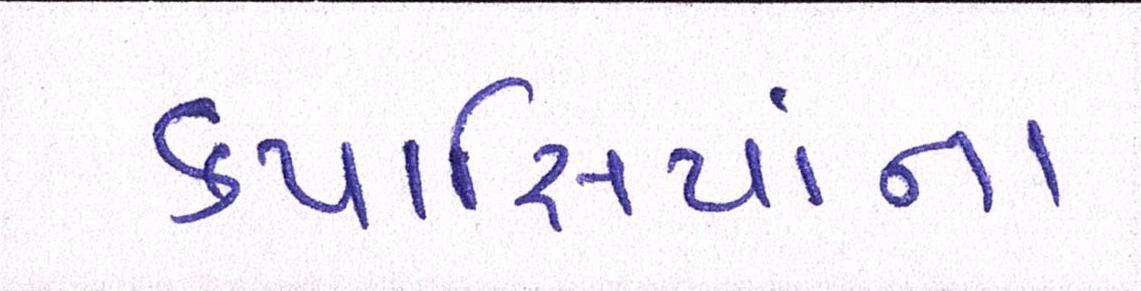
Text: કપાસિયાંના